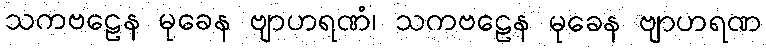
သကဗဠေန မုခေန ဗျာဟရဏံ၊ သကဗဠေန မုခေန ဗျာဟရဏ